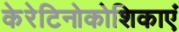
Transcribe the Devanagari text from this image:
केरेटिनोकोशिकाएं